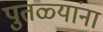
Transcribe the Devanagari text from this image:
पुतळ्यांना